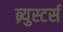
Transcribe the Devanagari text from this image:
ब्र्युस्टर्स